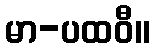
မာ-ပထဝီ။